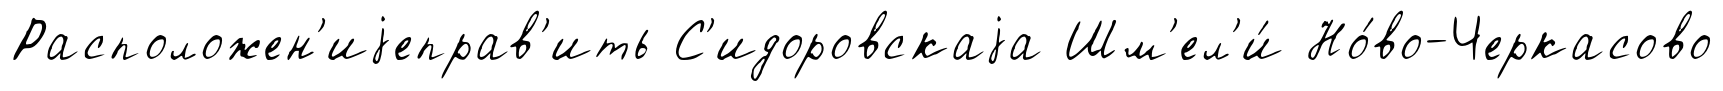
Расположен'иjеправ'ить С'идоровскаjа Шм'ел'и́ Но́во-Черкасово